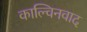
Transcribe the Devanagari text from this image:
काल्विनवाद